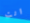
انت